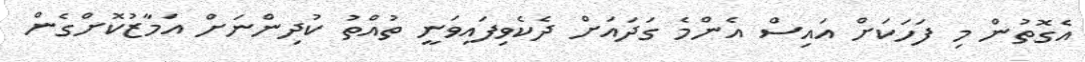
އެގޮތުން މި ފަހަކަށް އައިސް އެންމެ ގަދައަށް ދެކެވިފައިވަނީ ތުއްތު ކުދިންނަށް އަމާޒުކޮށްގެން